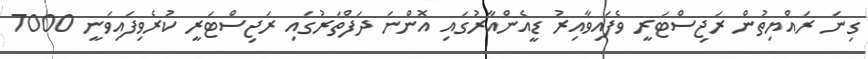
ގިނަ ރައްޔިތުން ރަޖިސްޓަރީ ވެފައިވާއިރު ޑީއެންއާރުގައި އޮންނަ ދަފްތަރުގައި ރަޖިސްޓަރީ ކުރެވިފައިވަނީ 7000